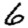
Digit: 6